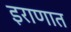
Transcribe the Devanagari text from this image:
इराणात